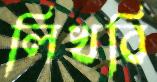
লিখবি